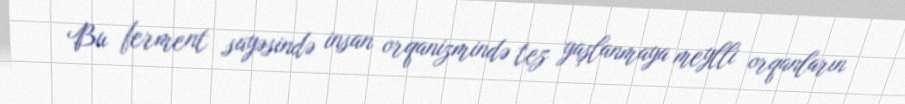
Bu ferment sayəsində insan orqanizmində tez yaşlanmaya meylli orqanların